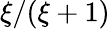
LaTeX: \xi/(\xi+1)